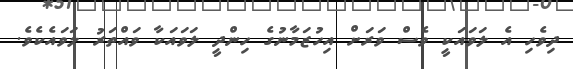
ދިވެހި އެ ލަވައަކީ ވެސް ވަރަށް އިހުޒަމާނުގެ ހިންދީ ލަވައަކާ ވައްތަރު ލަވައެކެވެ.